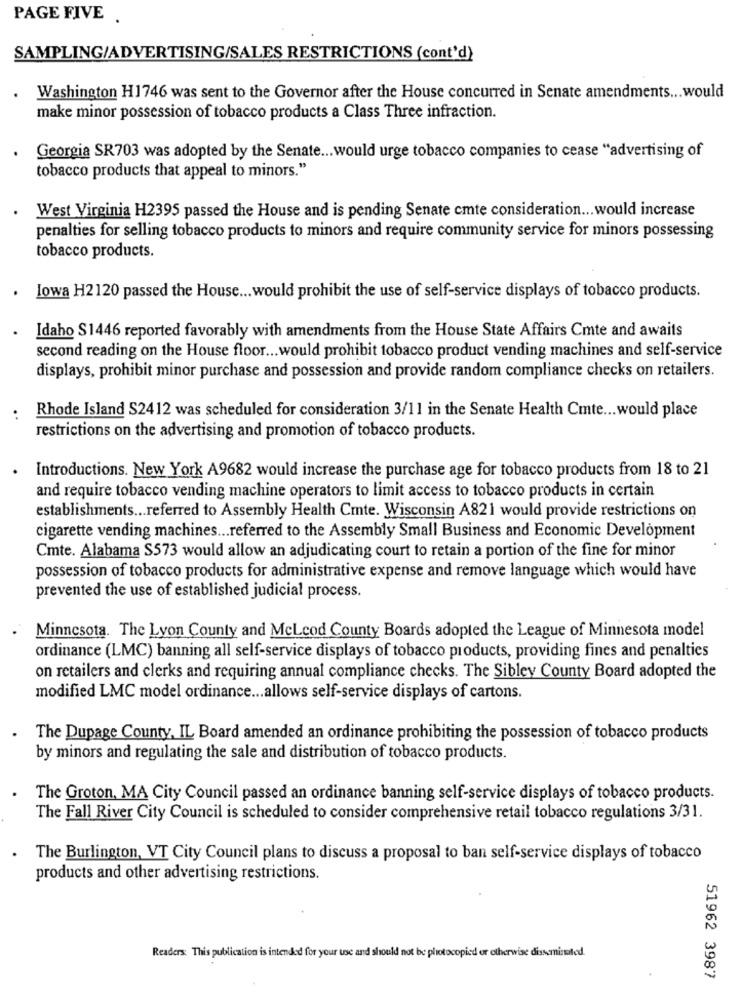
PAGE FIVE .
SAMPLING/ADVERTISING/SALES RESTRICTIONS (cont'd)
Washington H1746 was sent to the Governor after the House concurred in Senate amendments ... would
make minor possession of tobacco products a Class Three infraction.
Georgia SR703 was adopted by the Senate ... would urge tobacco companies to cease "advertising of
tobacco products that appeal to minors."
West Virginia H2395 passed the House and is pending Senate cmte consideration ... would increase
penalties for selling tobacco products to minors and require community service for minors possessing
tobacco products.
lowa H2120 passed the House ... would prohibit the use of self-service displays of tobacco products.
Idaho S1446 reported favorably with amendments from the House State Affairs Cmte and awaits
.
second reading on the House floor ... would prohibit tobacco product vending machines and self-service
displays, prohibit minor purchase and possession and provide random compliance checks on retailers.
Rhode Island S2412 was scheduled for consideration 3/11 in the Senate Health Cmte ... would place
..
restrictions on the advertising and promotion of tobacco products.
Introductions. New York A9682 would increase the purchase age for tobacco products from 18 to 21
and require tobacco vending machine operators to limit access to tobacco products in certain
establishments ... referred to Assembly Health Cmte. Wisconsin A821 would provide restrictions on
cigarette vending machines ... referred to the Assembly Small Business and Economic Development
Cmte. Alabama S573 would allow an adjudicating court to retain a portion of the fine for minor
possession of tobacco products for administrative expense and remove language which would have
prevented the use of established judicial process.
Minnesota. The Lyon County and McLcod County Boards adopted the League of Minnesota model
ordinance (LMC) banning all self-service displays of tobacco products, providing fines and penalties
on retailers and clerks and requiring annual compliance checks. The Sibley County Board adopted the
modified LMC model ordinance ... allows self-service displays of cartons.
The Dupage County, IL Board amended an ordinance prohibiting the possession of tobacco products
by minors and regulating the sale and distribution of tobacco products.
The Groton, MA City Council passed an ordinance banning self-service displays of tobacco products.
The Fall River City Council is scheduled to consider comprehensive retail tobacco regulations 3/31.
The Burlington, VT City Council plans to discuss a proposal to ban self-service displays of tobacco
products and other advertising restrictions.
Readers: This publication is intended for your use and should not be photocopied or otherwise disseminated.
51962 3987